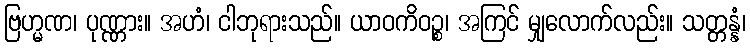
ဗြဟ္မဏ၊ ပုဏ္ဏား။ အဟံ၊ ငါဘုရားသည်။ ယာဝကိဝဉ္စ၊ အကြင် မျှလောက်လည်း။ သတ္တန္နံ၊